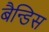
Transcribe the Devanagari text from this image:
बैन्डिस